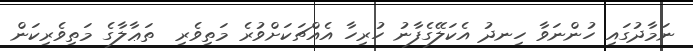
ނަމާދުގައި ހުންނަވާ ހިނދު އެކަލޭގެފާނު ހުރިހާ އެއްޗަކަށްވުރެ މަތިވެރި  ތަޢާލާގެ މަތިވެރިކަން